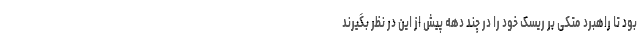
بود تا راهبرد متکی بر ریسک خود را در چند دهه پیش از این در نظر بگیرند